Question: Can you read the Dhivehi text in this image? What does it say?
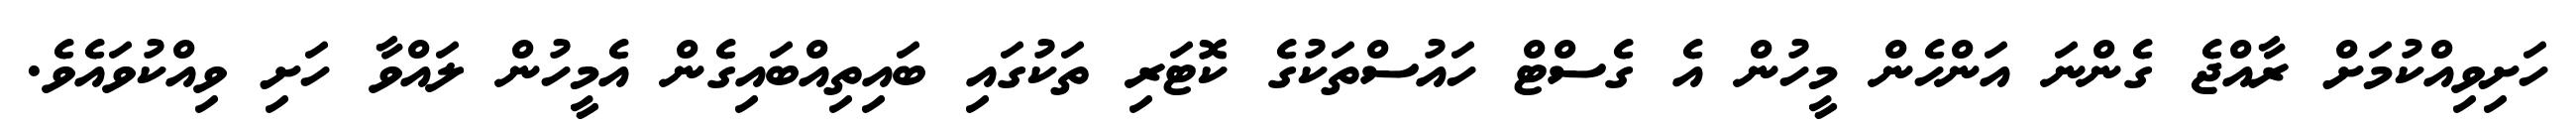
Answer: ހަށިވިއްކުމަށް ރާއްޖެ ގެންނަ އަންހެން މީހުން އެ ގެސްޓް ހައުސްތަކުގެ ކޮޓަރި ތަކުގައި ބައިތިއްބައިގެން އެމީހުން ލައްވާ ހަށި ވިއްކުވައެވެ.